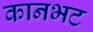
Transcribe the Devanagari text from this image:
कानभट